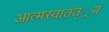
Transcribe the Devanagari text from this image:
आत्मस्वातंत््रय